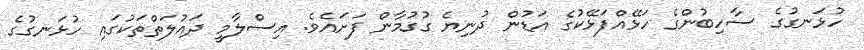
ހުޅަނގުގެ ސާހިބުންގެ ހަޅޭއްފަޅޭކުގެ އަޑުން ދުނިޔެ ގުގުމާން ފަށައެވެ. އިސްލާމީ ދައުލަތްތަކުގައި ހުޅަނގުގެ